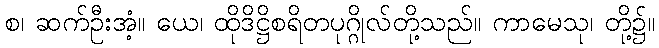
စ၊ ဆက်ဦးအံ့။ ယေ၊ ထိုဒိဋ္ဌိစရိတပုဂ္ဂိုလ်တို့သည်။ ကာမေသု၊ တို့၌။